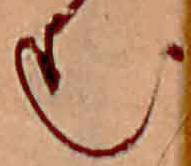
む